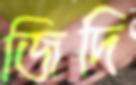
জিদি